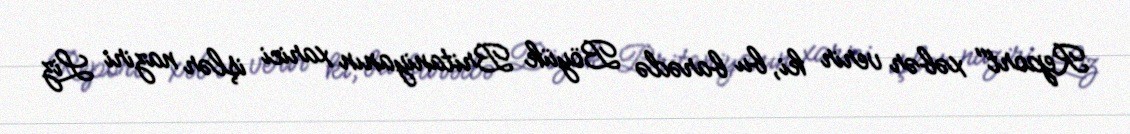
Report" xəbər verir ki, bu barədə Böyük Britaniyanın xarici işlər naziri Liz